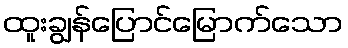
ထူးချွန်ပြောင်မြောက်သော